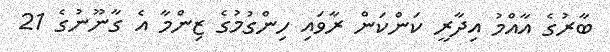
ބާރުގެ އާއްމު އިދާރީ ކަންކަން ރާވައި ހިންގުމުގެ ޒިންމާ އެ ގާނޫނުގެ 21